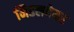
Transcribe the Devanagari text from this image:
मिडलवेयर